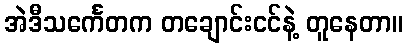
အဲဒီသင်္ကေတက တချောင်းငင်နဲ့ တူနေတာ။